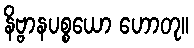
နိဗ္ဗာနပစ္စယော ဟောတု။